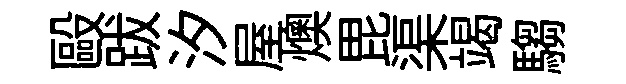
毆跋汐屋燠毘渠竭騶